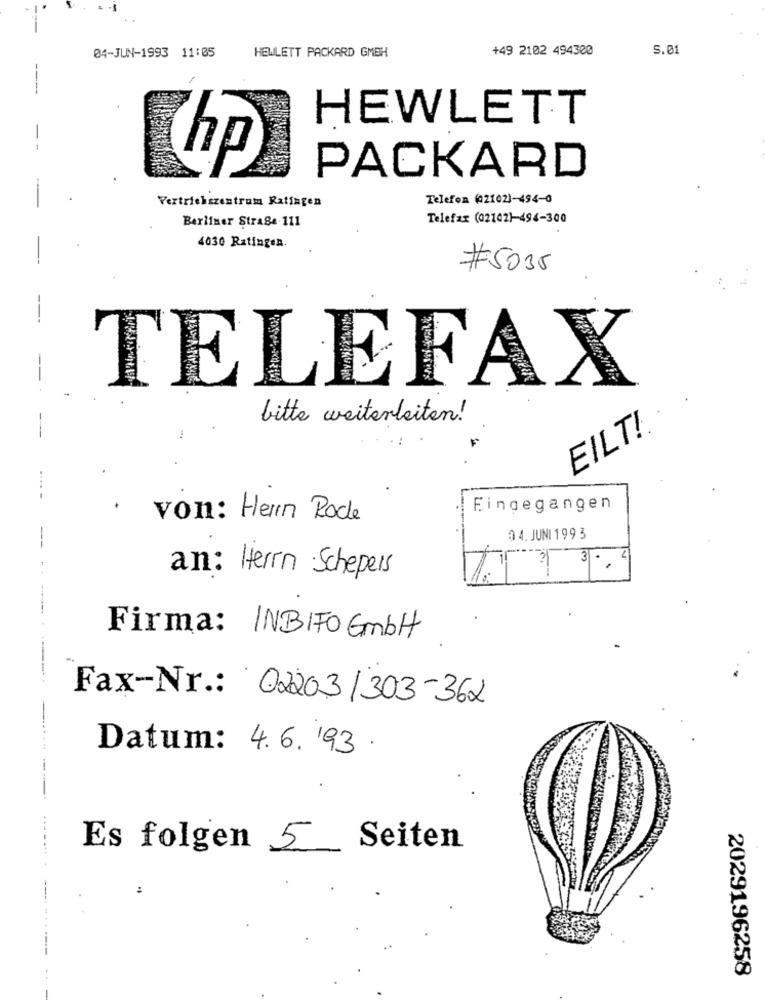
04-JUN-1993 11:05
HEWLETT PACKARD GMBH
+49 2102 494300
S.01
HEWLETT
hp
PACKARD
Telefon (42102)-494-0
Vertriebszentrum Ratingen
Berliner Strage 111
Telefax (02142)-494-300
4030 Ratingen.
#5035
--
TELEFAX
bitte weiterleiten!
EILT!
Eingegangen
von: Herrn Roce
04. JUNI 1993
3 .
4
.
an: Herrn Schepers
Firma: INBIFO GmbH
Fax-Nr .: 02203/303-362
Datum: 4.6.193.
Es folgen 5 Seiten
:
2029196258